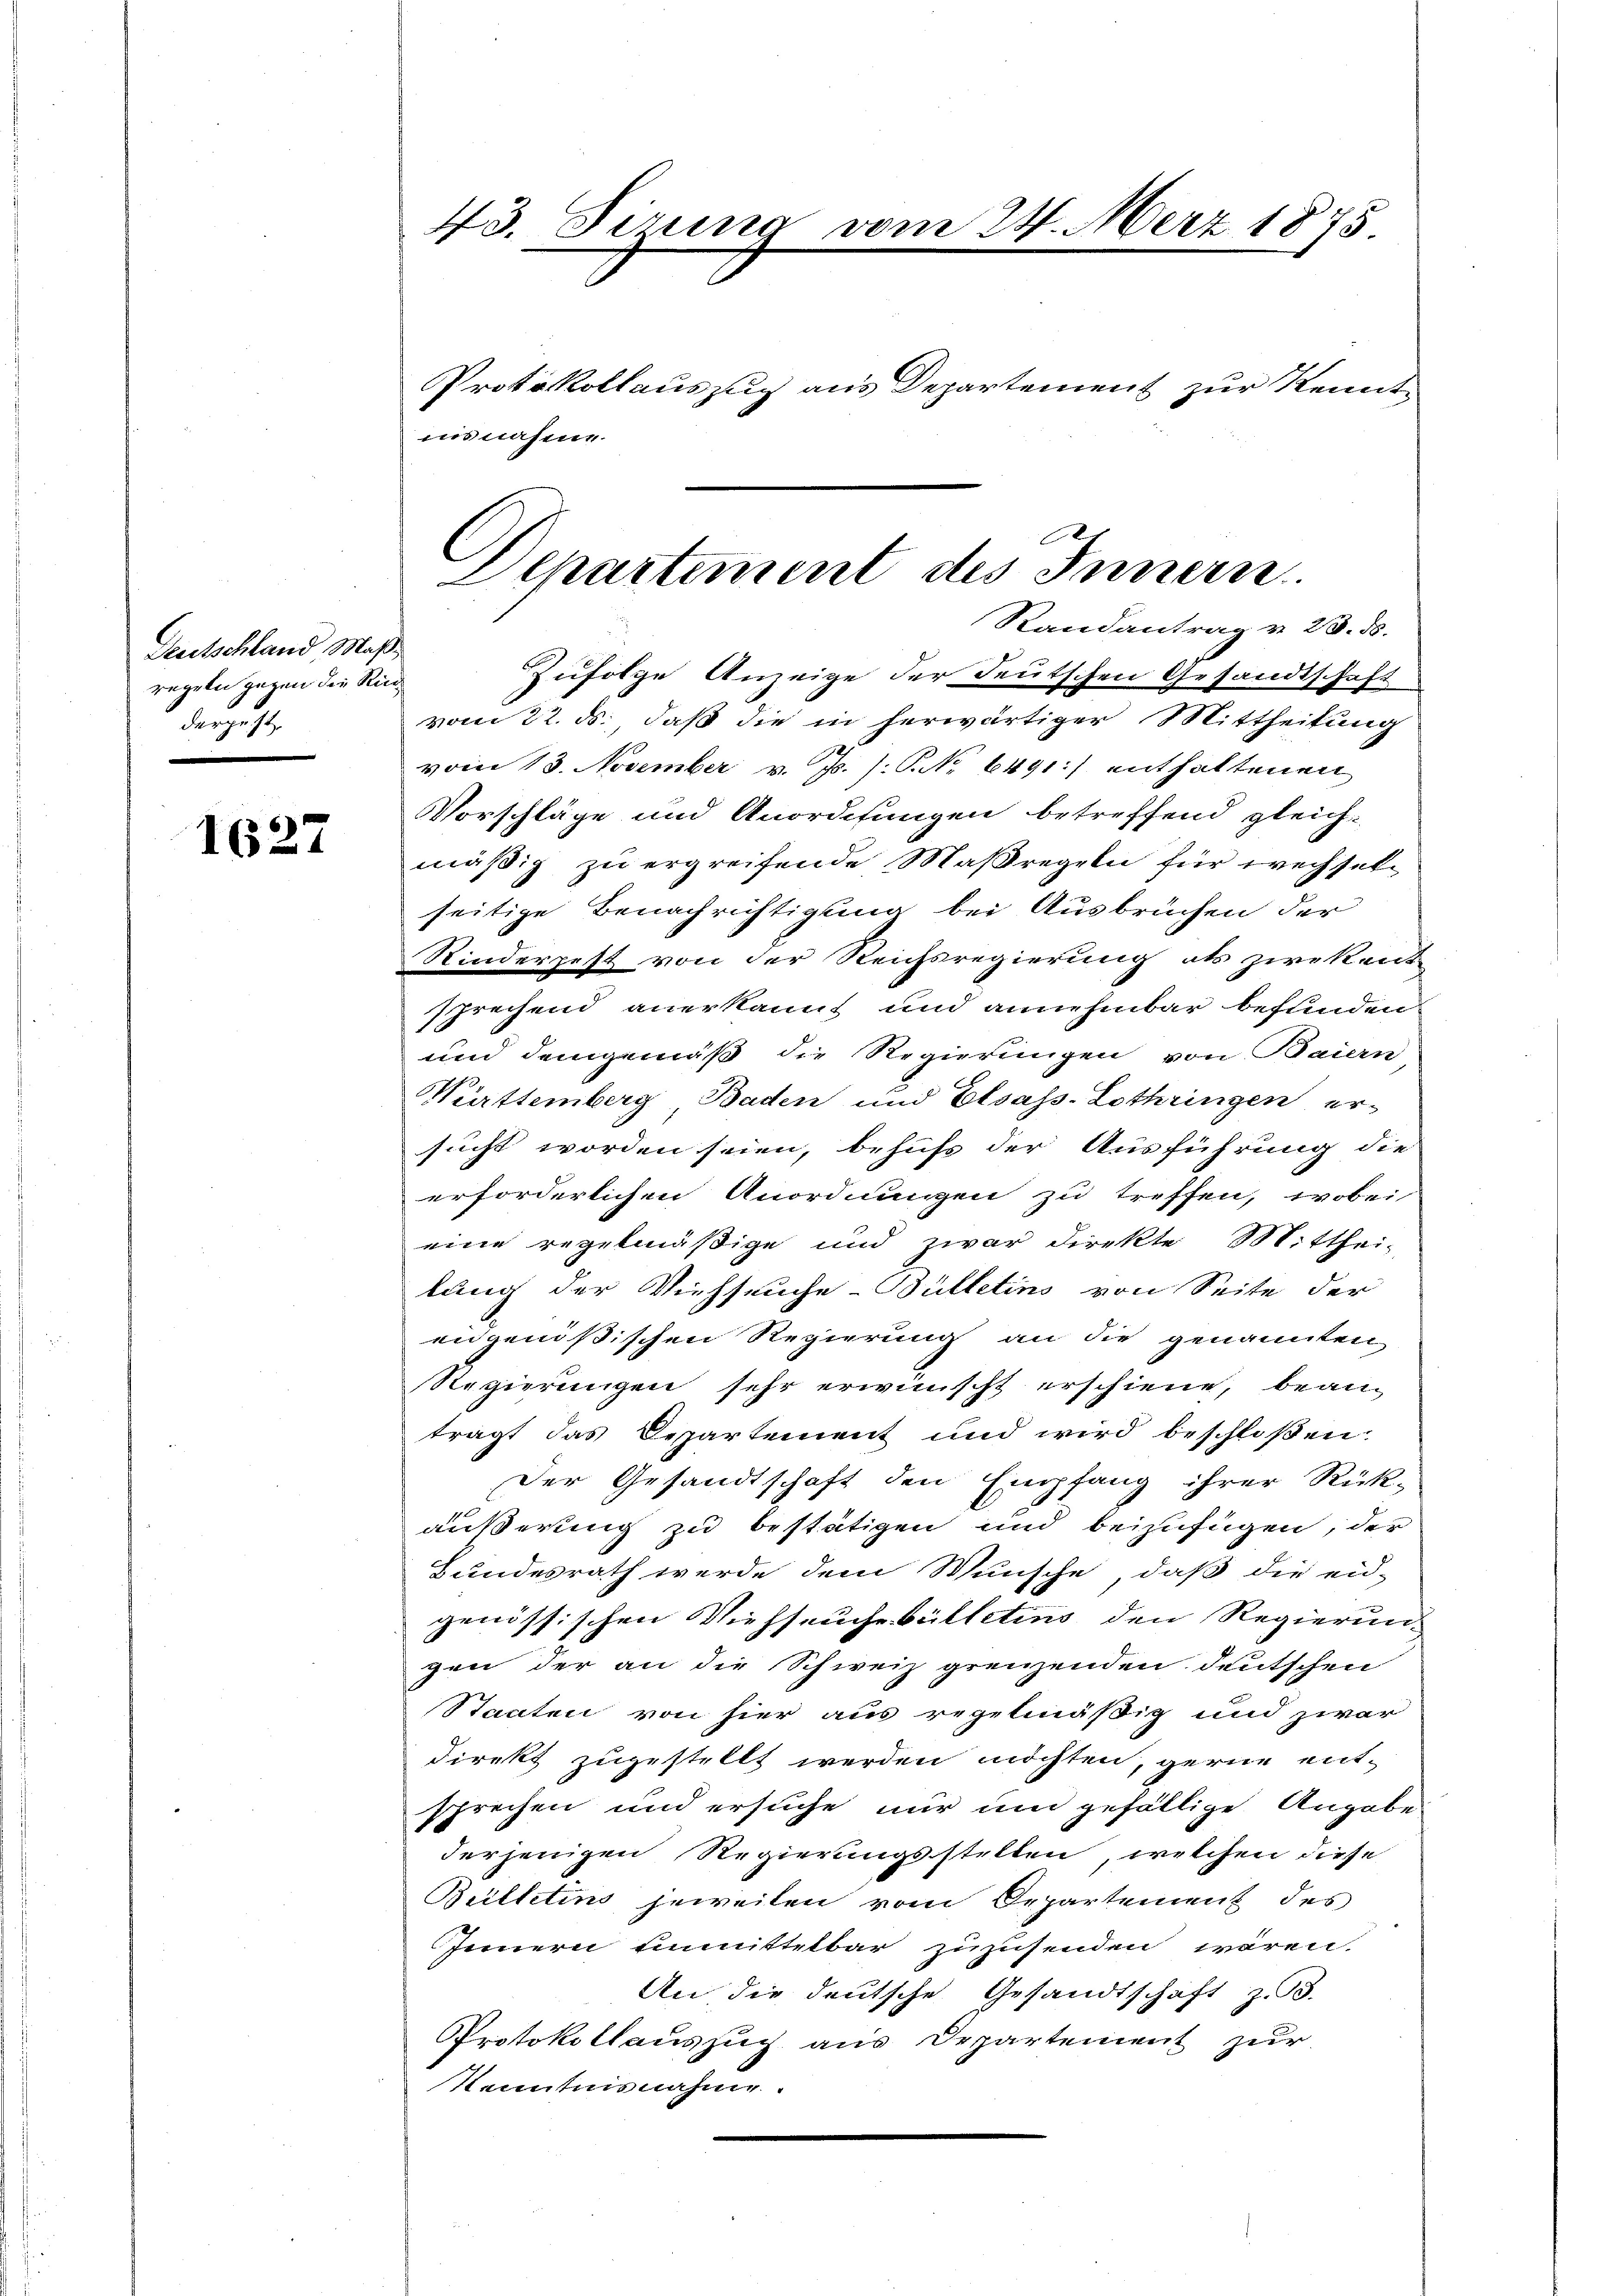
Deutschland Maßregeln gegen die Rückdergeht

1627

43. Sirung vom 24. März 1875
Protokollauszug aus Departement zur Kenntiisnahme.

Zufolge Anzeige der deutschen Gesandtschaft
vom 22. ds., daß die in herwärtiger Mittheilung
vom 13. November v. Js. /: P. No 6491:) enthaltenen
Vorschläge und Anordnungen betreffend gleich-
mäßig zu ergreifende Maßregeln für wechselseitige Benachrichtigung bei Ausbrüchen der
Kinderpest von der Reichsregierung als zwekent
sprechend anerkannt und annehmbar befunden
und demgemäß die Regierungen von Baiern
Württemberg Baden und Elsass-Lothringen er-
sucht worden seien, behufs der Ausführung die
erforderlichen Anordnungen zu treffen, wobei
eine regelmäßige und zwar direkte Mitthei
lung der Viehseuche Bülletins von Seite der
engenössischen Regierung an die genannten
Regierungen sehr erwünscht erschiene, bean-
trägt das Departement und wird beschloßen:
Der Gesandtschaft den Empfang ihrer Rück-
äußerung zu bestätigen und beizufügen, der
Bundesrath werde dem Wunsche, daß die eid-
genössischen Viehseuche billetins den Regierun
gen der an die Schweiz grenzenden deutschen
Staaten von hier aus regelmäßig und zwar
direkt zugestellt werden möchten, gerne entsprechen und ersuche nur und gefällige Angabe
derjenigen Regierungsstellen, welchen diese
Bülletins jeweiten vom Departement des
Innern unmittelbar zuzusenden wären.
An die deutsche Gesandtschäft z. B.
Protokollauszug aus Departement zur
Kenntnisnahme.

Departement des Innern
Randantrag v. 23. ds.